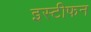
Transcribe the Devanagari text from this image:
इस्टीफन